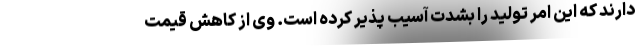
دارند که این امر تولید را بشدت آسیب پذیر کرده است. وی از کاهش قیمت